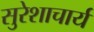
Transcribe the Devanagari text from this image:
सुरेशाचार्य